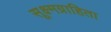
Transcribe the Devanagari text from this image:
सूक्ष्मग्राहिता